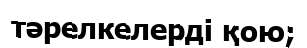
тәрелкелерді қою;